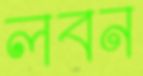
লবন